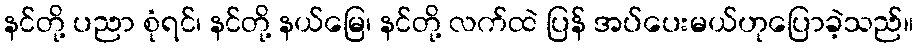
နင်တို့ ပညာ စုံရင်၊ နင်တို့ နယ်မြေ၊ နင်တို့ လက်ထဲ ပြန် အပ်ပေးမယ်ဟုပြောခဲ့သည်။